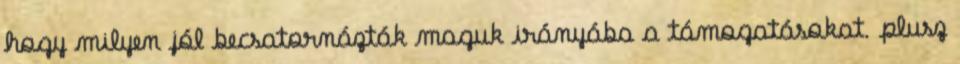
hogy milyen jól becsatornázták maguk irányába a támogatásokat. plusz